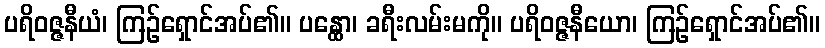
ပရိဝဇ္ဇနီယံ၊ ကြဉ်ရှောင်အပ်၏။ ပန္ထော၊ ခရီးလမ်းမကို။ ပရိဝဇ္ဇနီယော၊ ကြဉ်ရှောင်အပ်၏။